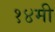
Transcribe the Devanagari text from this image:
१४मी